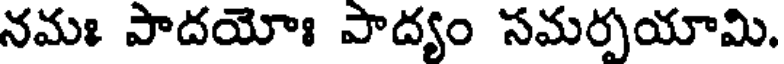
నమః పాదయోః పాద్యం సమర్పయామి.